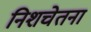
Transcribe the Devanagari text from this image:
निशचेतना